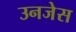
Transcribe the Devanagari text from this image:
उनजेस